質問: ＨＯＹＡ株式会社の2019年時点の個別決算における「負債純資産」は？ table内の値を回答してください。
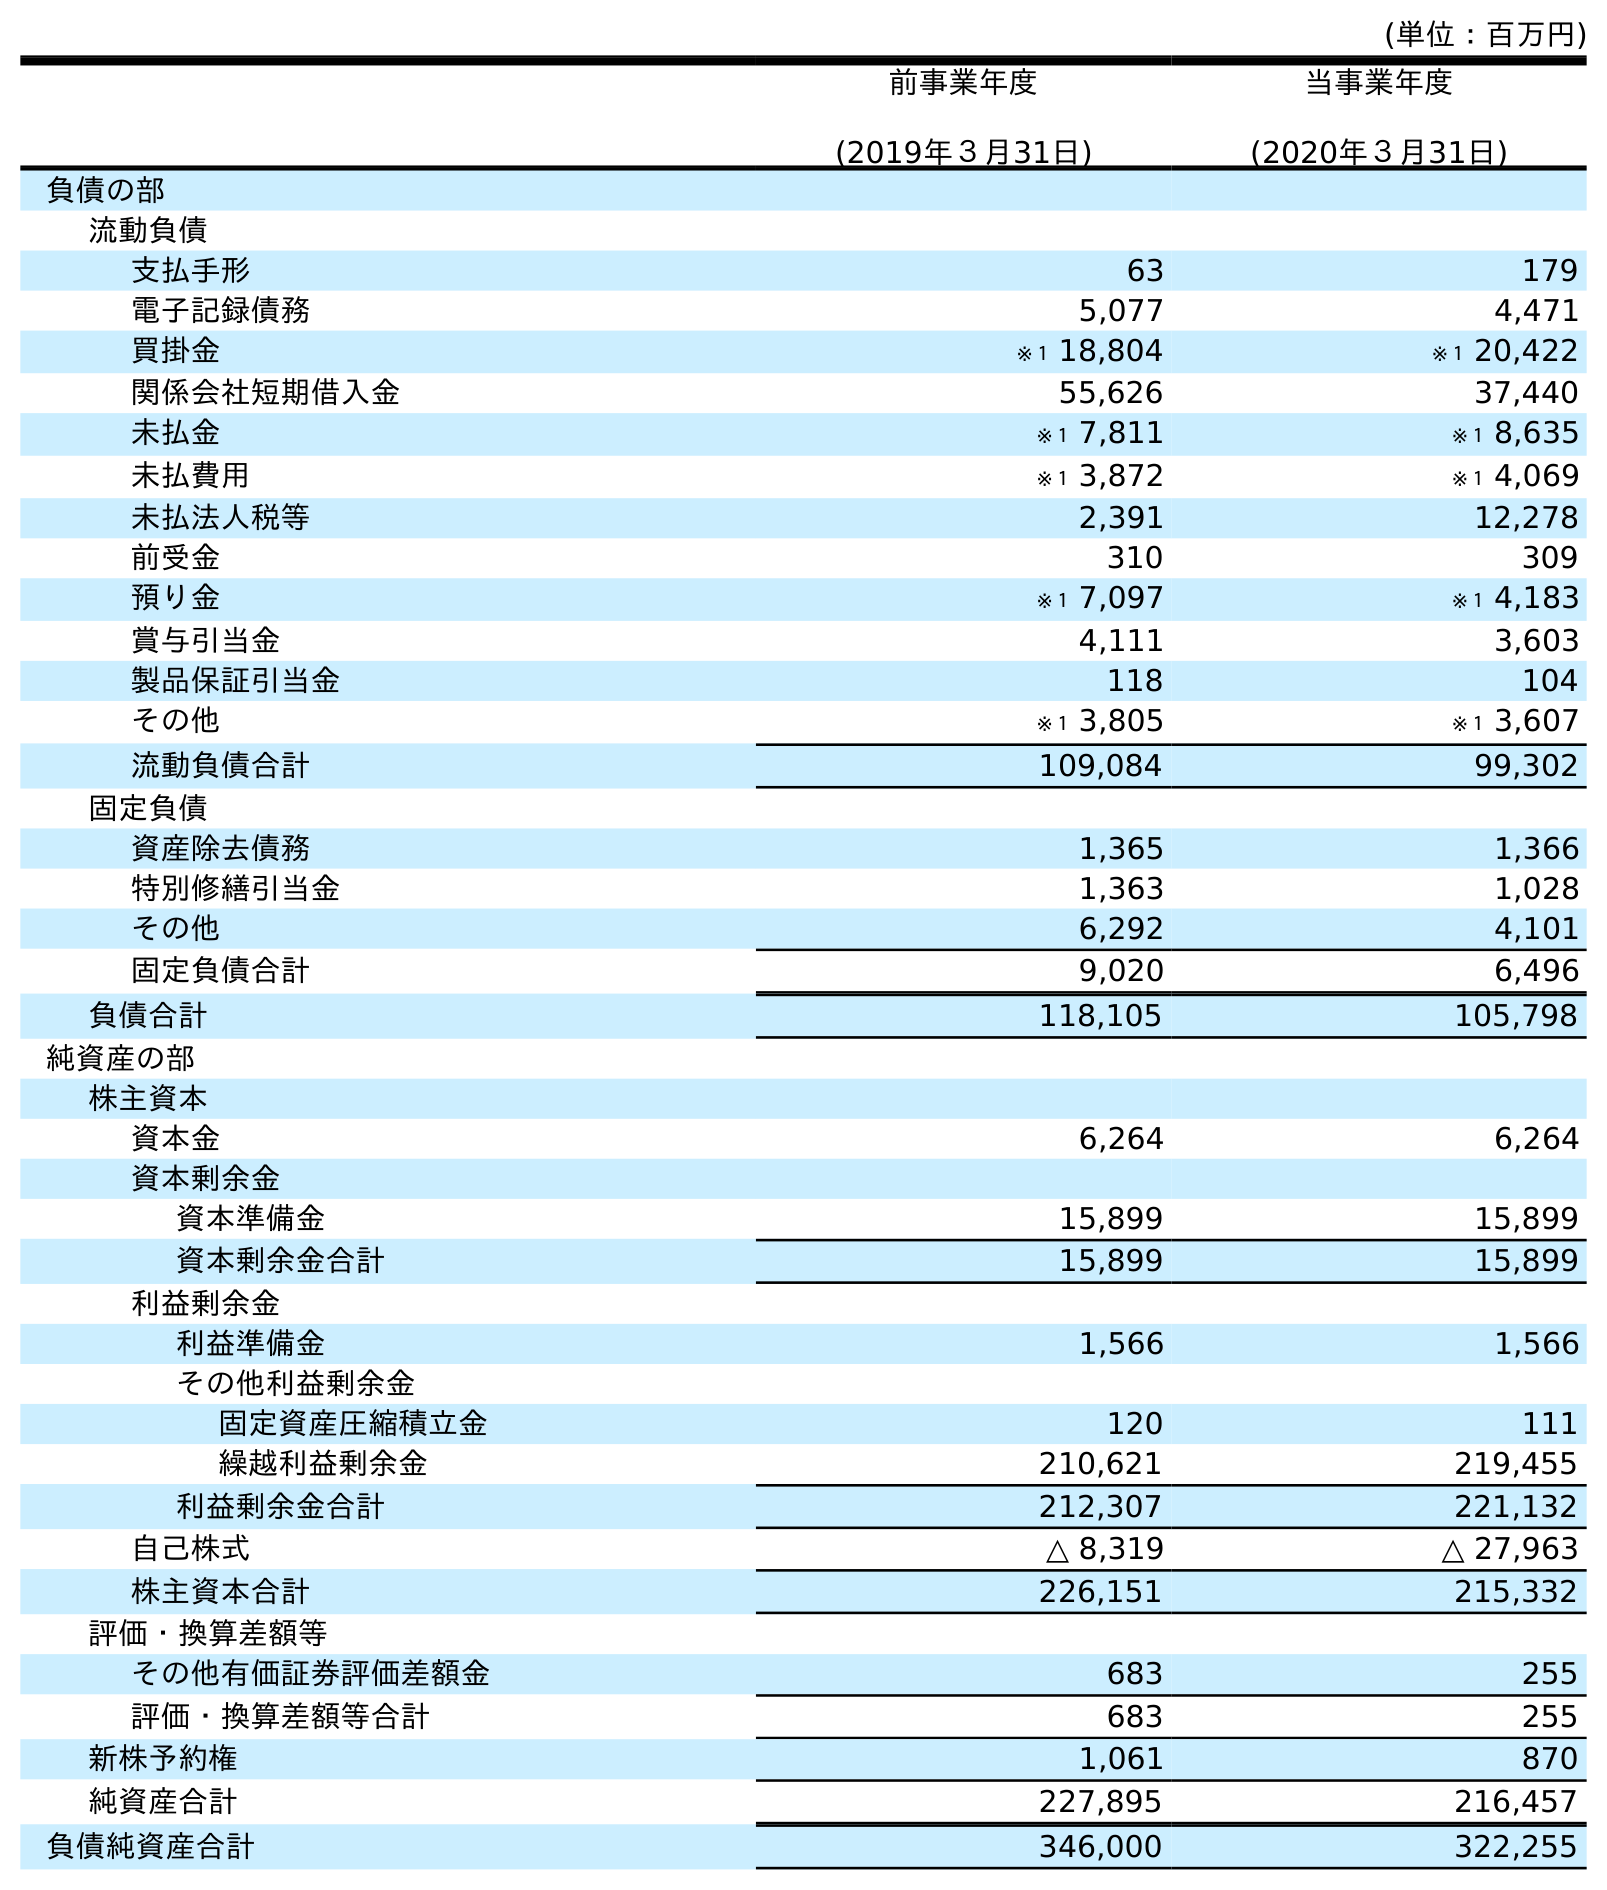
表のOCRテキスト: (単位：百万円) 前事業年度 (2019年３月31日) 当事業年度 (2020年３月31日) 負債の部 流動負債 支払手形 63 179 電子記録債務 5,077 4,471 買掛金 ※１ 18,804 ※１ 20,422 関係会社短期借入金 55,626 37,440 未払金 ※１ 7,811 ※１ 8,635 未払費用 ※１ 3,872 ※１ 4,069 未払法人税等 2,391 12,278 前受金 310 309 預り金 ※１ 7,097 ※１ 4,183 賞与引当金 4,111 3,603 製品保証引当金 118 104 その他 ※１ 3,805 ※１ 3,607 流動負債合計 109,084 99,302 固定負債 資産除去債務 1,365 1,366 特別修繕引当金 1,363 1,028 その他 6,292 4,101 固定負債合計 9,020 6,496 負債合計 118,105 105,798 純資産の部 株主資本 資本金 6,264 6,264 資本剰余金 資本準備金 15,899 15,899 資本剰余金合計 15,899 15,899 利益剰余金 利益準備金 1,566 1,566 その他利益剰余金 固定資産圧縮積立金 120 111 繰越利益剰余金 210,621 219,455 利益剰余金合計 212,307 221,132 自己株式 △ 8,319 △ 27,963 株主資本合計 226,151 215,332 評価・換算差額等 その他有価証券評価差額金 683 255 評価・換算差額等合計 683 255 新株予約権 1,061 870 純資産合計 227,895 216,457 負債純資産合計 346,000 322,255
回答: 346,000